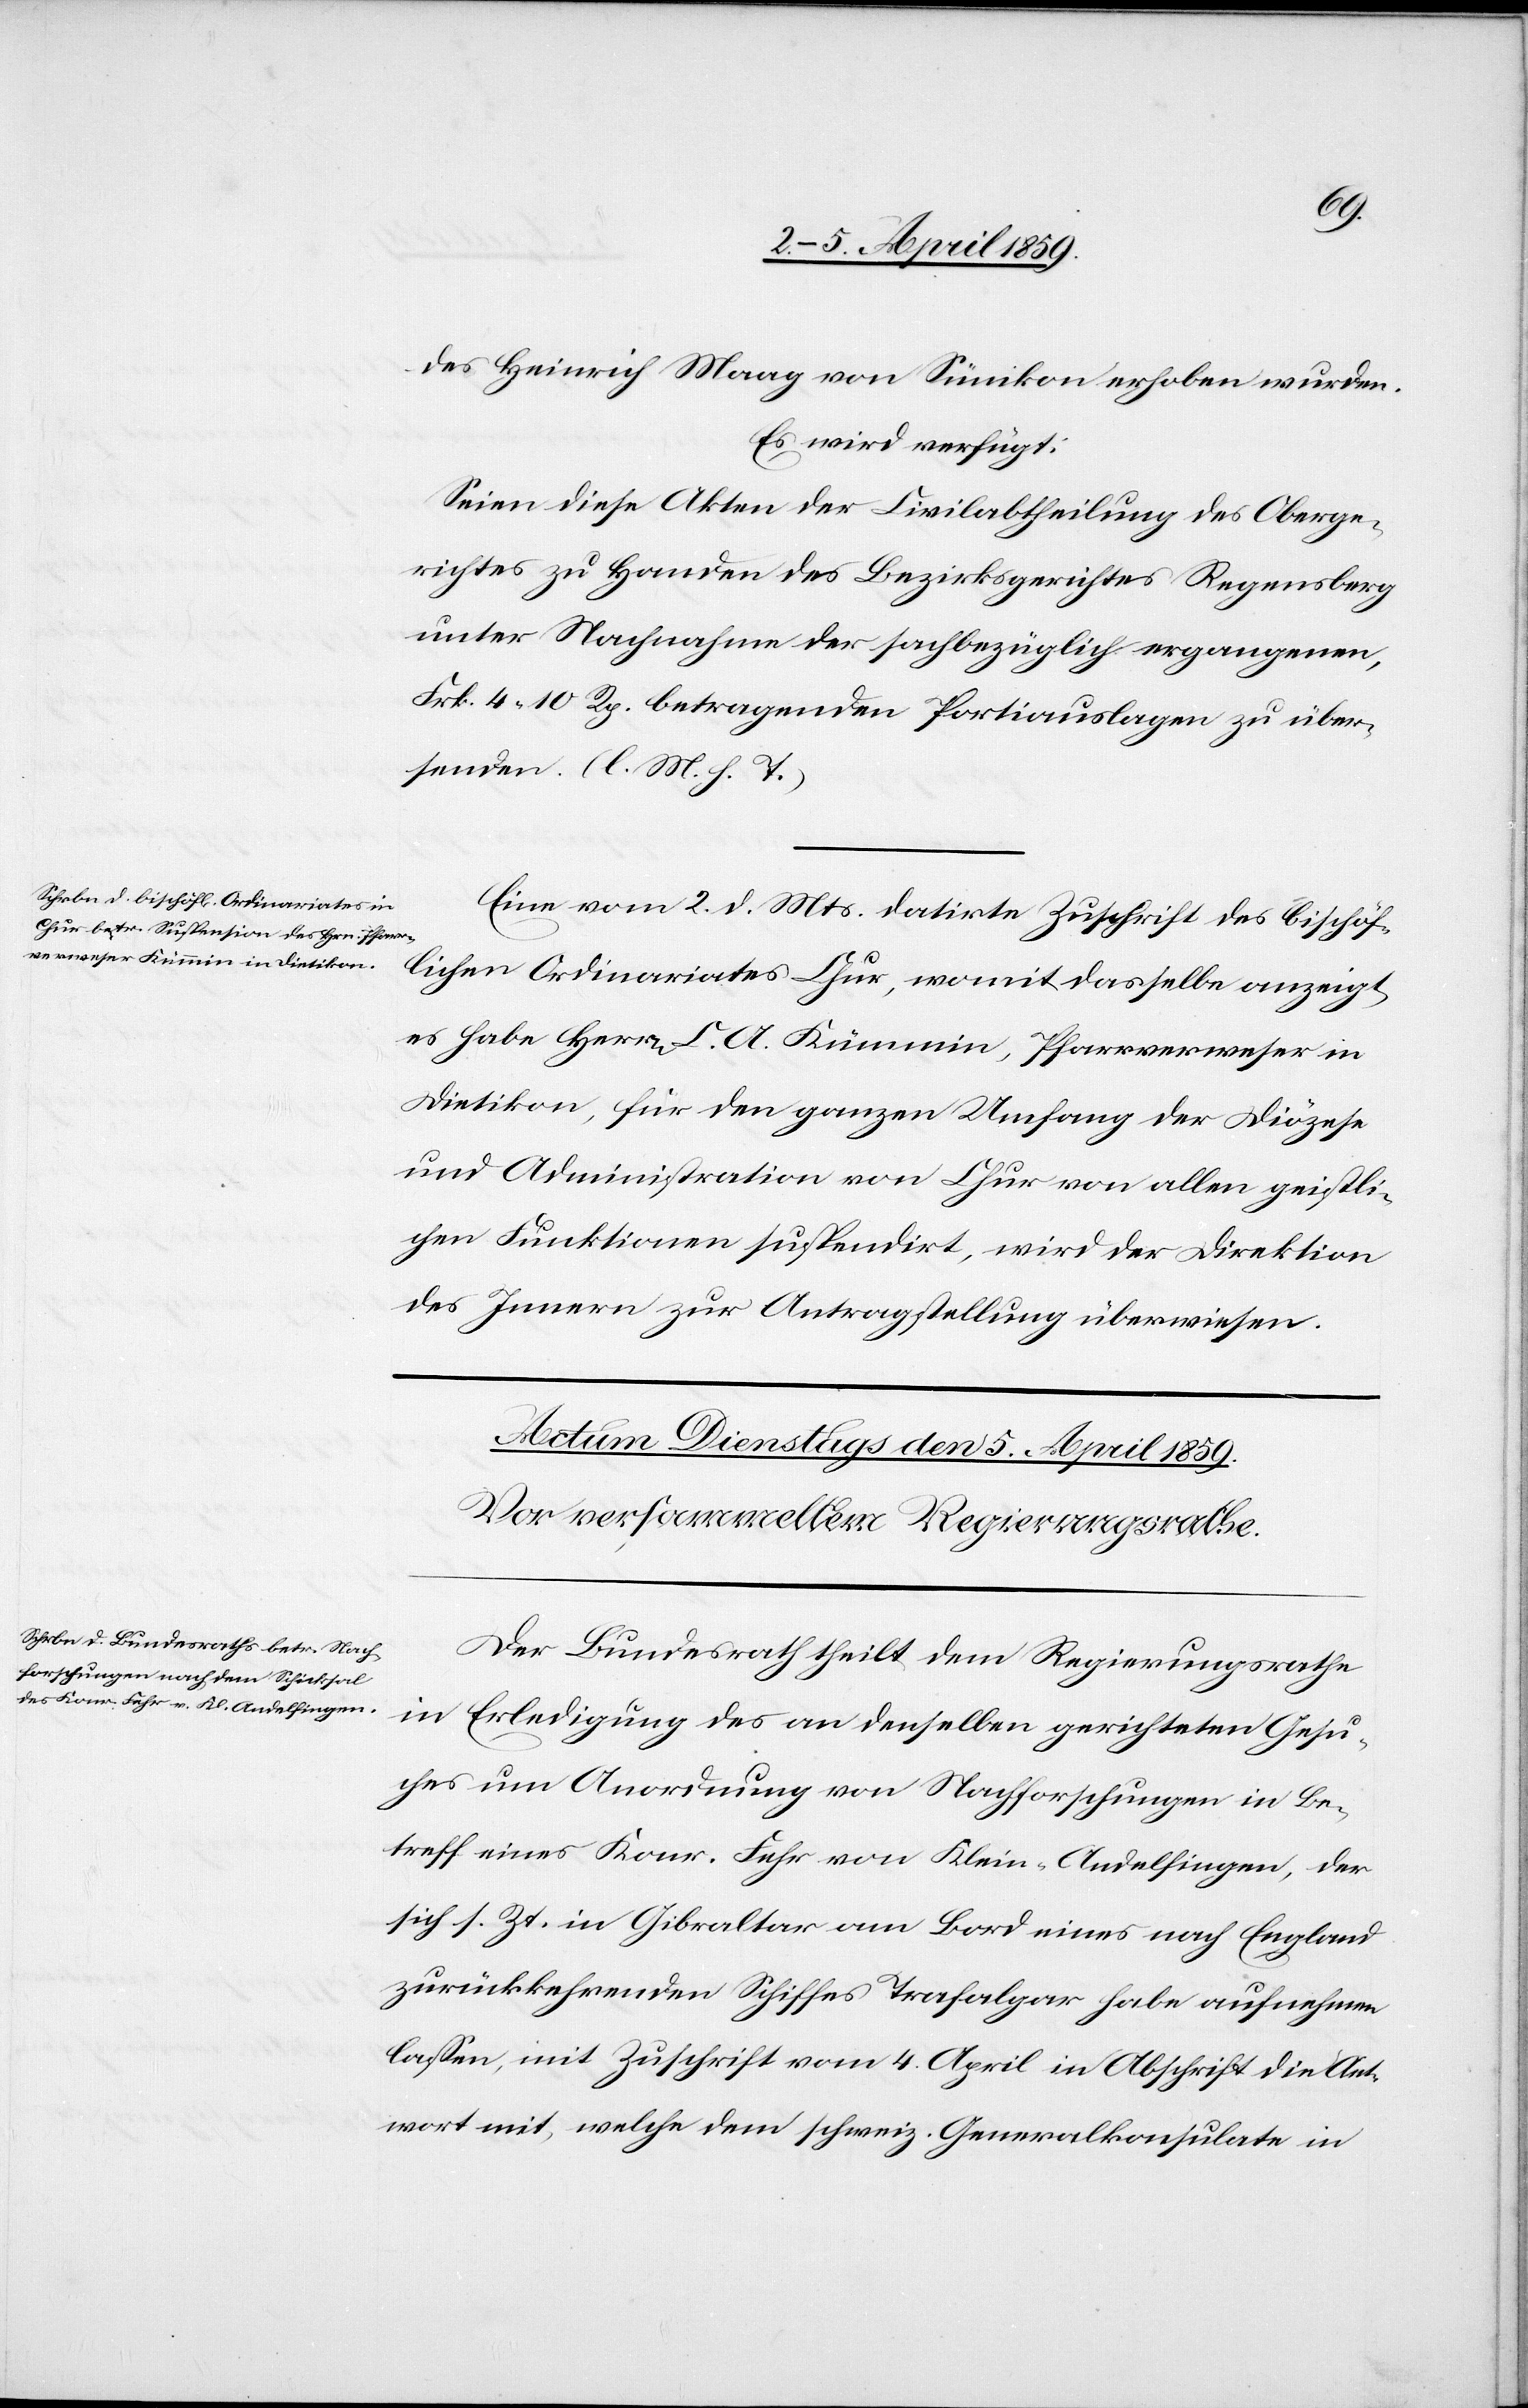
Ant¬
den 4. April 1859.]
des Heinrich Maag von Sünikon erhoben wurden.
Es wird verfügt:
Seien diese Akten der Civilabtheilung des Oberge¬
richtes zu Handen des Bezirksgerichtes Regensberg
unter Nachnahme der sachbezüglich ergangenen,
Frk. 4 10 Rp. betragenden Portiauslagen zu über¬
senden. (l. M. h. T.)
Eine vom 2. d. Mts. datirte Zuschrift des bischöf¬
lichen Ordinariates Chur, womit dasselbe anzeigt,
es habe Herrn C. A. Kümmin, Pfarrverweser in
Dietikon, für den ganzen Umfang der Diözese
und Administration von Chur von allen geistli¬
chen Funktionen suspendirt, wird der Direktion
des Innern zur Antragstellung überwiesen.
Der Bundesrath theilt dem Regierungsrathe
in Erledigung des an denselben gerichteten Gesu¬
ches um Anordnung von Nachforschungen in Be¬
treff eines Konr. Fehr von Klein-Andelfingen, der
sich s. Zt. in Gibraltar am Bord eines nach England
zurückkehrenden Schiffes habe aufnehmen laßen, mit
wort mit, welche dem schweiz. Generalkonsulate in